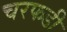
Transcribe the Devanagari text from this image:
चरफडी